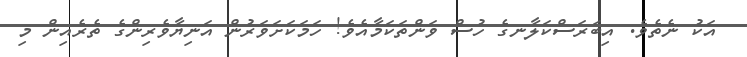
އަކު ނެތެވެ. އިބަރަސްކަލާނގެ ހުސް ވަންތަކަމާއެވެ! ހަމަކަށަވަރުން އަނިޔާވެރިންގެ ތެރެއިން މި